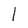
Character: l